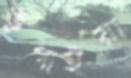
ভুগাইয়া